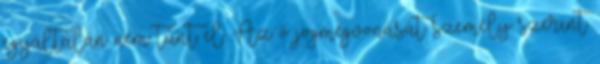
egyáltalán nem tűnt el. Az ő jogmegvonását személy szerint